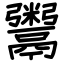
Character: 鬻